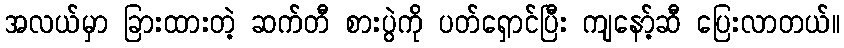
အလယ်မှာ ခြားထားတဲ့ ဆက်တီ စားပွဲကို ပတ်ရှောင်ပြီး ကျနော့်ဆီ ပြေးလာတယ်။